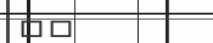
٥٤